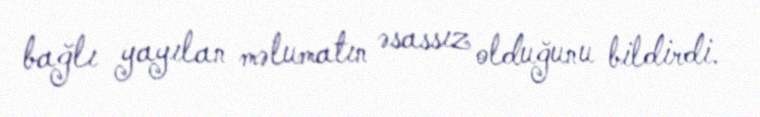
bağlı yayılan məlumatın əsassız olduğunu bildirdi.